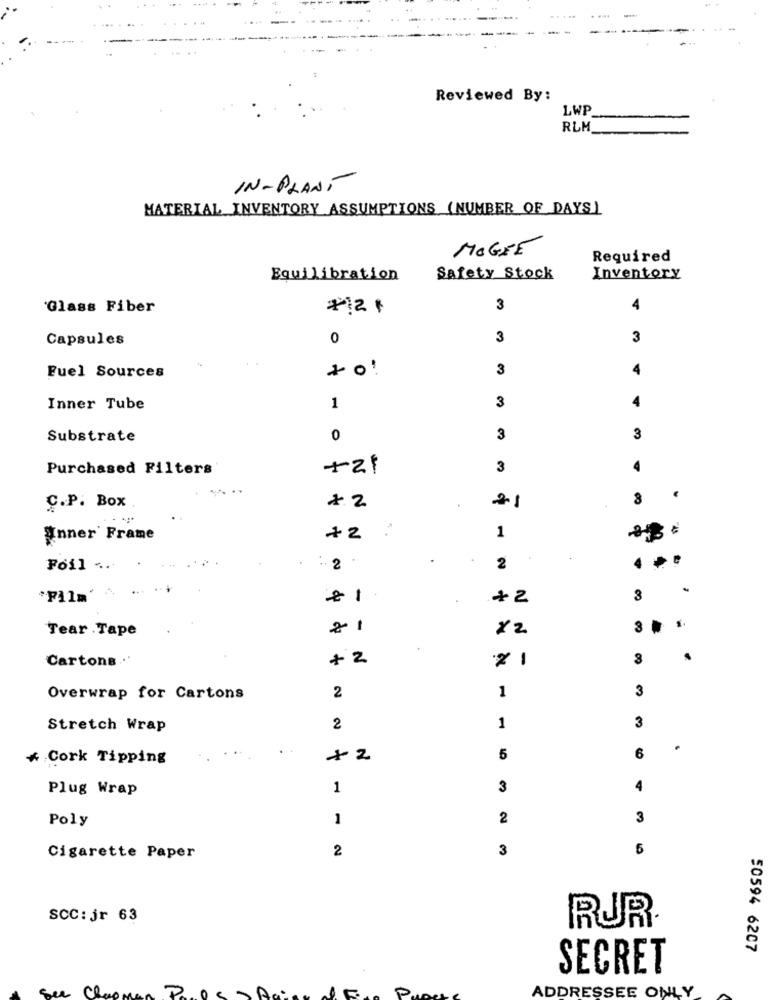
Reviewed By:
LWP
RLM
IN-PLANT
MATERIAL INVENTORY ASSUMPTIONS (NUMBER OF DAYS)
MOGIE
Required
Equilibration
Safety Stock
Inventory
Glass Fiber
*12 +
3
4
Capsules
0
3
3
3
4
Fuel Sources
3
4
Inner Tube
1
Substrate
0
3
3
Purchased Filters'
+21
3
C.P. Box
21
"nner' Frame
+2
1
.
.
Foil .... .
: 2
2
.
"Film' >
-
+2
3
Tear Tape
21
×2
Cartons ...
+2
-
3
1
3
Overwrap for Cartons
2
3
Stretch Wrap
2
1
* Cork Tipping
+2
5
6
Plug Wrap
1
3
4
Poly
1
2
3
2
3
6
Cigarette Paper
SCC: jr 63
RUR
50594 6207
SECRET
Sur Clac
ADDRESSEE ONLY
Pro